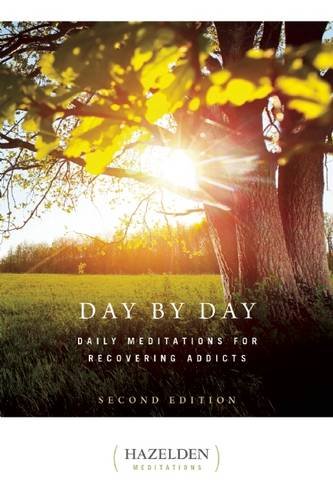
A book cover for Day by Day: Daily Meditations for Recovering Addicts; Anonymous; Health, Fitness & Dieting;